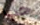
حب